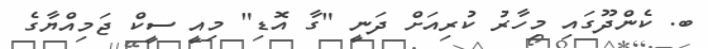
ބ. ކެންދޫގައި މިހާރު ކުރިއަށް ދަނީ "ގާ އޮޑި" މިއީ ސީކް ޖަމިއްޔާގެ